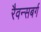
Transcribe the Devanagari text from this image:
रैवन्सबर्ग